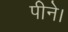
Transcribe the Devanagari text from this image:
पीने।